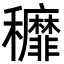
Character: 𮃷